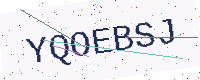
Text: YQOEBSJ